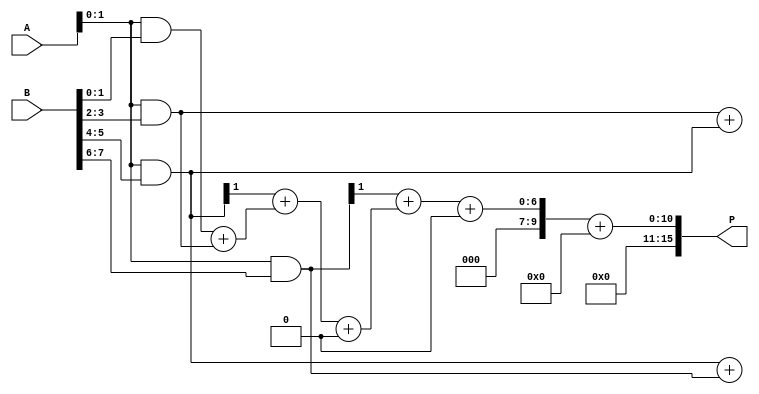
module radix4_wallace_multiplier #(parameter N = 8, M = 8) (
    input [N-1:0] A, // Multiplicand
    input [M-1:0] B, // Multiplier
    output [N + M - 1:0] P // Product
);
    // Partial products
    wire [N-1:0] pp [0:M/2-1]; // partial products
    genvar i;

    // Generate partial products
    generate
        for (i = 0; i < M/2; i = i + 1) begin : pp_gen
            assign pp[i] = A & {2{B[2*i + 1], B[2*i]}}; // AND A with pairs of bits in B
        end
    endgenerate

    // Intermediate sums and carries
    wire [N+1:0] sum [0:M/2-1]; // Sum outputs
    wire [N+1:0] carry [0:M/2-1]; // Carry outputs

    // Wallace tree reduction
    generate
        for (i = 0; i < M/2 - 1; i = i + 1) begin : wallace_tree
            if (i < M/2 - 1) begin
                // Half Adder for first two bits
                assign {carry[i], sum[i]} = pp[i][1:0] + pp[i+1][1:0];
                // Full Adder for third bit
                assign {carry[i+1], sum[i+1]} = {1'b0, pp[i+2][1]} + sum[i] + carry[i];
            end
        end
    endgenerate

    // Final addition of last two sums
    wire [N+1:0] final_sum, final_carry;

    assign {final_carry, final_sum} = sum[M/2 - 2] + carry[M/2 - 2];

    // Final product output
    assign P = {final_carry, final_sum};

endmodule